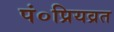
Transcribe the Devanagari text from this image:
पं०प्रियव्रत